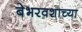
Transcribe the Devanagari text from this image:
बेभरवशाच्या